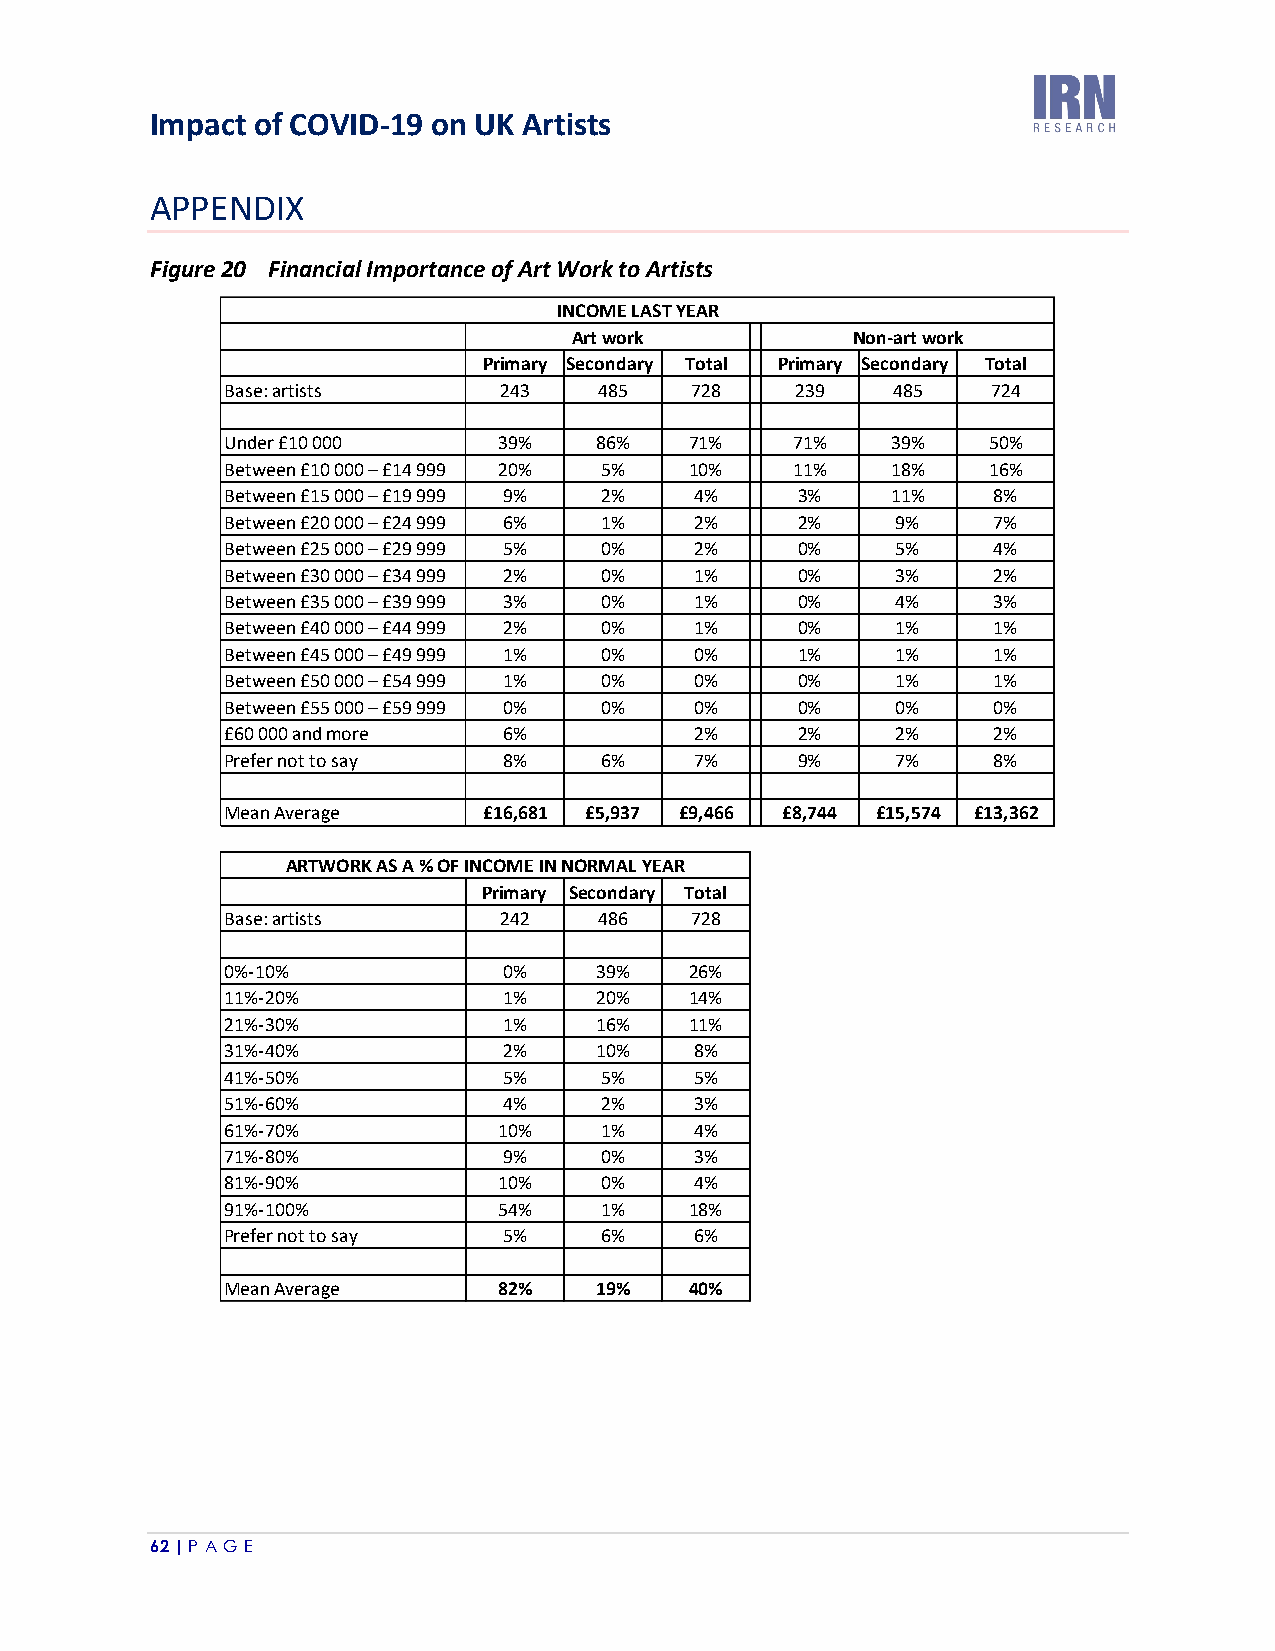
Impact of COVID-19 on UK Artists
 APPENDIX
 Figure 20 Financial Importance of Art Work to Artists
 INCOME LAST YEAR
 Art work          Non-art work
 Primary Secondary Total Primary Secondary Total
 Base: artists     243    485   728    239   485    724
 Under £10 000     39%   86%    71%    71%   39%   50%
 Between £10 000 – £14 999 20% 5% 10%  11%   18%   16%
 Between £15 000 – £19 999 9% 2% 4%    3%    11%    8%
 Between £20 000 – £24 999 6% 1% 2%    2%    9%     7%
 Between £25 000 – £29 999 5% 0% 2%    0%    5%     4%
 Between £30 000 – £34 999 2% 0% 1%    0%    3%     2%
 Between £35 000 – £39 999 3% 0% 1%    0%    4%     3%
 Between £40 000 – £44 999 2% 0% 1%    0%    1%     1%
 Between £45 000 – £49 999 1% 0% 0%    1%    1%     1%
 Between £50 000 – £54 999 1% 0% 0%    0%    1%     1%
 Between £55 000 – £59 999 0% 0% 0%    0%    0%     0%
 £60 000 and more  6%           2%     2%    2%     2%
 Prefer not to say 8%     6%    7%     9%    7%     8%
 Mean Average     £16,681 £5,937 £9,466 £8,744 £15,574 £13,362
 ARTWORK AS A % OF INCOME IN NORMAL YEAR
 Primary Secondary Total
 Base: artists     242    486   728
 0%-10%            0%    39%    26%
 11%-20%           1%    20%    14%
 21%-30%           1%    16%    11%
 31%-40%           2%    10%    8%
 41%-50%           5%     5%    5%
 51%-60%           4%     2%    3%
 61%-70%           10%    1%    4%
 71%-80%           9%     0%    3%
 81%-90%           10%    0%    4%
 91%-100%          54%    1%    18%
 Prefer not to say 5%     6%    6%
 Mean Average      82%   19%    40%
 62 | P A GE